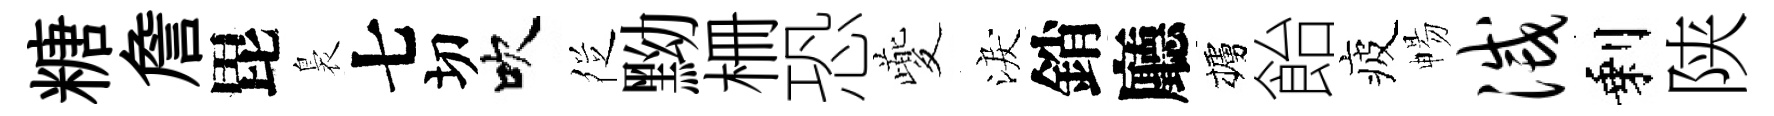
糖詹毘裊七切吹徔黝栅恐夔淚銷廳櫨飴疲暢灭剩陕